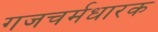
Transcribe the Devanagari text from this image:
गजचर्मधारक